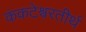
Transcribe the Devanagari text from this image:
कंकटेश्वरतीर्थ